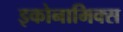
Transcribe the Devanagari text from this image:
इकोनामिक्स